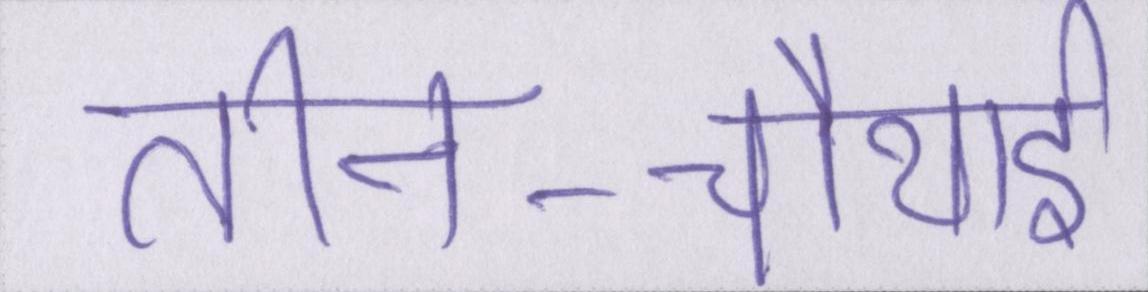
तीन-चौथाई